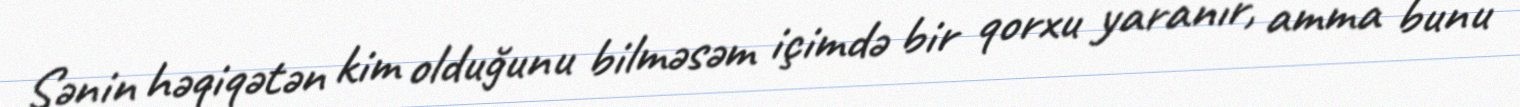
Sənin həqiqətən kim olduğunu bilməsəm içimdə bir qorxu yaranır, amma bunu